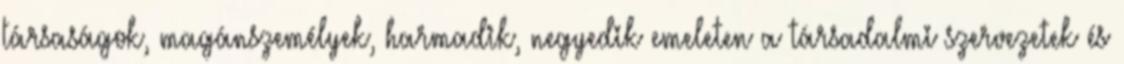
társaságok, magánszemélyek, harmadik, negyedik emeleten a társadalmi szervezetek és